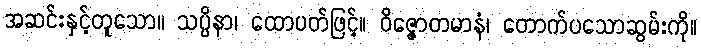
အဆင်းနှင့်တူသော။ သပ္ပိနာ၊ ထောပတ်ဖြင့်။ ဝိဇ္ဇောတမာနံ၊ တောက်ပသောဆွမ်းကို။